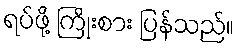
ရပ်ဖို့ ကြိုးစား ပြန်သည်။